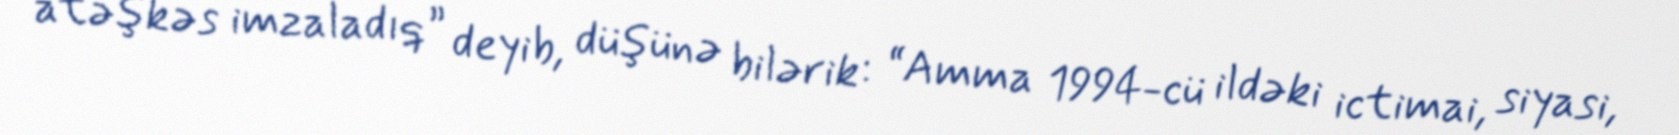
atəşkəs imzaladıq” deyib, düşünə bilərik: “Amma 1994-cü ildəki ictimai, siyasi,